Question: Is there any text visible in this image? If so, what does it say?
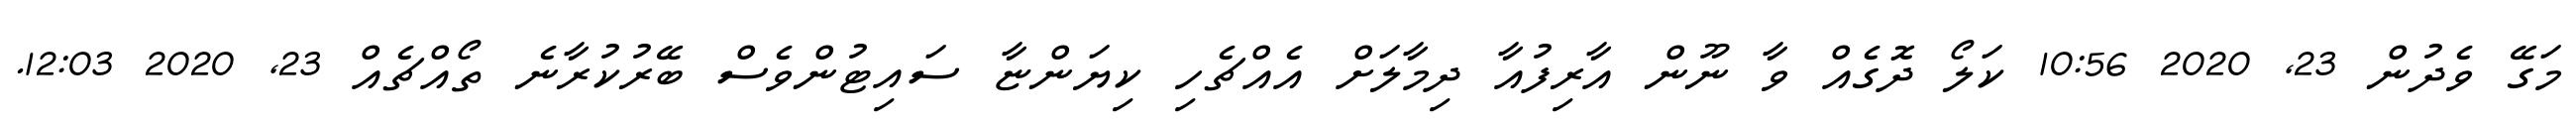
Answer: މަގޭ ވެދުން 23, 2020 10:56 ކަލޯ ދޮގެއް ވާ ނޫން އާރިފުއާ ދިމާލަށް އެއްޗެހި ކިޔަންޏާ ސައިޓުންވެސް ބޭރުކުރާނެ ތޯއްޗެއް 23, 2020 12:03.